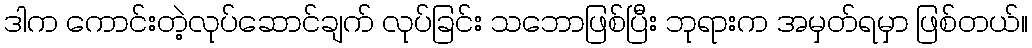
ဒါက ကောင်းတဲ့လုပ်ဆောင်ချက် လုပ်ခြင်း သဘောဖြစ်ပြီး ဘုရားက အမှတ်ရမှာ ဖြစ်တယ်။